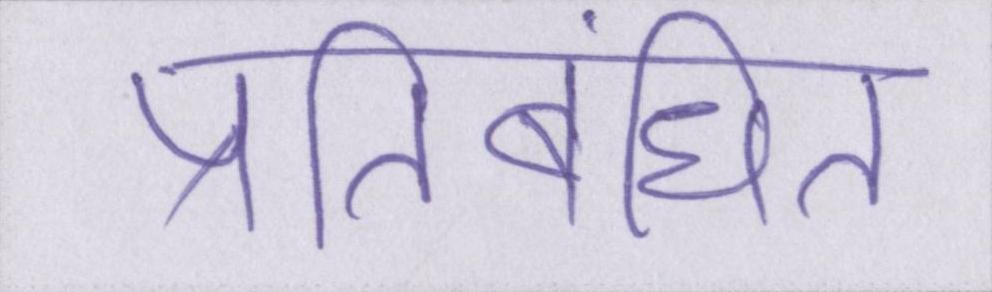
प्रतिबंधित